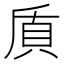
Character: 貭